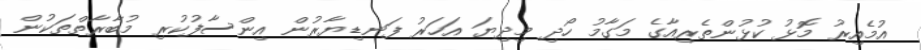
އުމެއިރު މޮޅު ކުޅުންތެރިއާގެ މަގާމު ހޯދި މިދިޔަ އަހަރު ފަނޑިޔާރުން އިންސާފުކުރި މުބާރާތްތަކުން